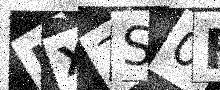
Text: IX7S0F